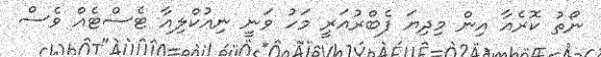
ނޯތު ކޮރެއާ އިން މިދިޔަ ފެބްރުއަރީ މަހު ވަނީ ނިއުކްލިއާ ޓެސްޓެއް ވެސް